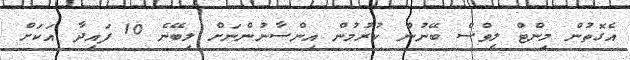
އެގޮތުން މިންޓް ލީވްސް ބޭނުން ކުރުމުން އިންސާނުންނަށް ލިބޭނެ 10 ފައިދާ އަކަށް